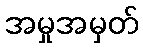
အမှုအမှတ်